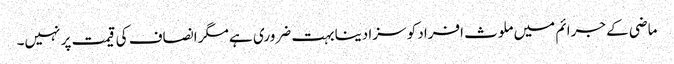
ماضی کے جرائم میں ملوث افراد کو سزا دینا بہت ضروری ہے مگر انصاف کی قیمت پر نہیں۔